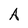
Character: A